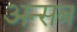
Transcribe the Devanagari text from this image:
अन्सब